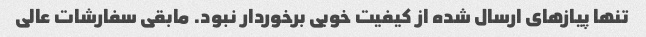
تنها پیازهای ارسال شده از کیفیت خوبی برخوردار نبود. مابقی سفارشات عالی